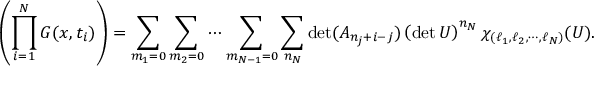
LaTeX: \left( \prod _ { i = 1 } ^ { N } G ( x , t _ { i } ) \right) = \sum _ { m _ { 1 } = 0 } \sum _ { m _ { 2 } = 0 } \cdots \sum _ { m _ { N - 1 } = 0 } \sum _ { n _ { N } } \operatorname * { d e t } ( A _ { n _ { j } + i - j } ) \left( \operatorname * { d e t } U \right) ^ { n _ { N } } \chi _ { ( \ell _ { 1 } , \ell _ { 2 } , \cdots , \ell _ { N } ) } ( U ) .